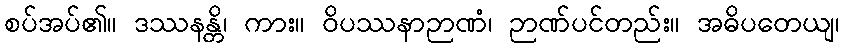
စပ်အပ်၏။ ဒဿနန္တိ၊ ကား။ ဝိပဿနာဉာဏံ၊ ဉာဏ်ပင်တည်း။ အဓိပတေယျ၊